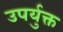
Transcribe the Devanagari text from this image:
उपर्युक्त